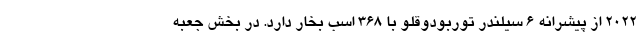
2022 از پیشرانه 6 سیلندر توربودوقلو با 368 اسب بخار دارد. در بخش جعبه